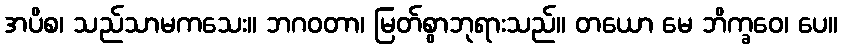
အပိစ၊ သည်သာမကသေး။ ဘဂဝတာ၊ မြတ်စွာဘုရားသည်။ တယော မေ ဘိက္ခဝေ၊ ပေ။